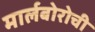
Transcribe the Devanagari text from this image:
मार्लबोरोची